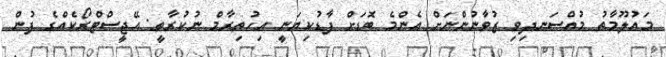
މައުލޫމާތު މުއްސަނދިވި ޒުވާނުންނަށް އެންމެ ބޮޑަށް ފާޑުކިޔަނީ އިހުތިރާމް ނުކުރާތީ: އޭޖީސްޓްރޯކެއްގެ ފުން